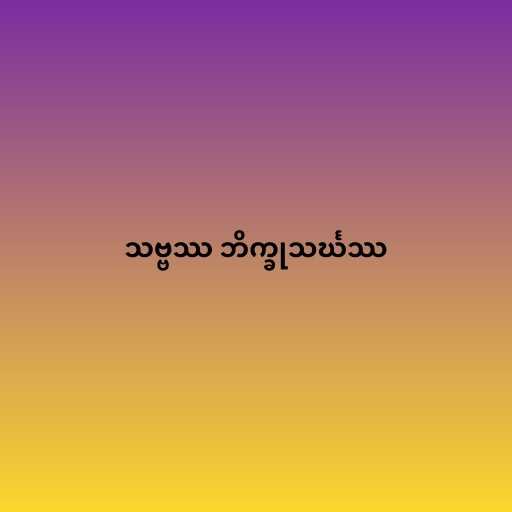
သဗ္ဗဿ ဘိက္ခုသင်္ဃဿ